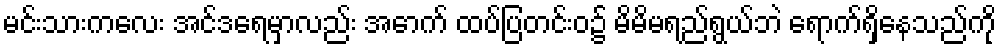
မင်းသားကလေး အင်ဒရေမှာလည်း အောက် ထပ်ပြတင်းဝ၌ မိမိမရည်ရွယ်ဘဲ ရောက်ရှိနေသည်ကို